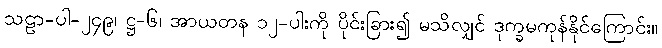
သဠာ-ပါ-၂၄၉၊ ဋ္ဌ-၆၊ အာယတန ၁၂-ပါးကို ပိုင်းခြား၍ မသိလျှင် ဒုက္ခမကုန်နိုင်ကြောင်း။